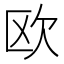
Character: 欧